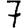
Digit: 7